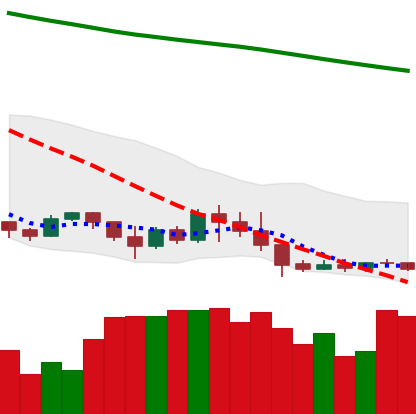
Ticker: XLM-USD
Chart end date: 2019-09-04
Forward return: -3.75%
Label: down_3_5